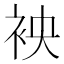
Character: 䘧